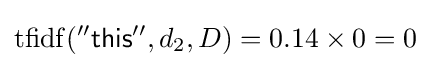
\mathrm {tfidf} ({\mathsf {''this''}},d_{2},D)=0.14\times 0=0